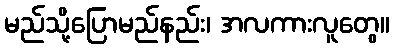
မည်သို့ပြောမည်နည်း၊ အလကားလူတွေ။